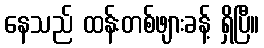
နေသည် ထန်းတစ်ဖျားခန့် ရှိပြီ။